Code of medical and sanitary regulations for the guidance of medical officers serving in the Madras Presidency - Volume II
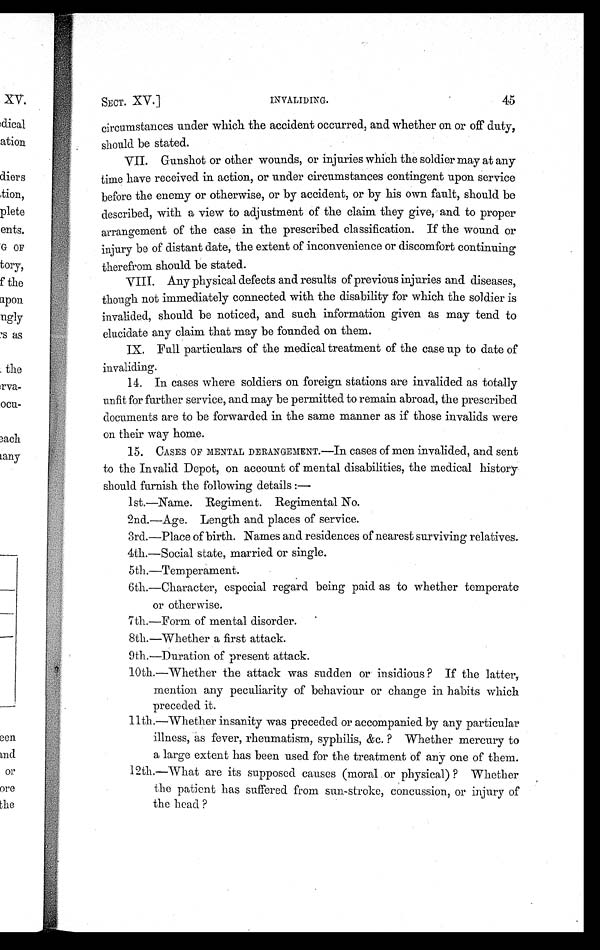
SECT. XV.]
INVALIDING.
45
circumstances under which the accident occurred, and whether on or off duty,
should be stated.
VII. Gunshot or other wounds, or injuries which the soldier may at any
time have received in action, or under circumstances contingent upon service
before the enemy or otherwise, or by accident, or by his own fault, should be
described, with a view to adjustment of the claim they give, and to proper
arrangement of the case in the prescribed classification. If the wound or
injury be of distant date, the extent of inconvenience or discomfort continuing
therefrom should be stated.
VIII. Any physical defects and results of previous injuries and diseases,
though not immediately connected with the disability for which the soldier is
i n v a l i d e d , s h o u l d b e n o t i c e d , a n d s u c h i n f o r m a t i o n g i v e n a s m a y t e n d t o
elucidate any claim that may be founded on them.
IX. Full particulars of the medical treatment of the case up to date of
invaliding .
14. In cases where soldiers on foreign stations are invalided as totally
unfit for further service, and may be permitted to remain abroad, the prescribed
documents are to be forwarded in the same manner as if those invalids were
on their way home.
15.
CASES OF MENTAL DERANGEMENT.—In cases of men invalided, and sent
to the Invalid Depot, on account of mental disabilities, the medical history
should furnish the following details :—
1st.—Name. Regiment. Regimental No.
2nd.—Age. Length and places of service.
3rd.—Place of birth. Names and residences of nearest surviving relatives.
4th.—Social state, married or single.
5 th.—Temperament
6th.—Character, especial regard being paid as to whether temperate
or otherwise.
7th.—Form of mental disorder.
8th.—Whether a first attack.
9th.—Duration of present attack.
10th.—Whether the attack was sudden or insidious? If the latter,
mention any peculiarity of behaviour or change in habits which
preceded it.
11th.—Whether insanity was preceded or accompanied by any particular
illness, as fever, rheumatism, syphilis, &c. ? Whether mercury to
a large extent has been used for the treatment of any one of them.
12th.—What are its supposed causes (moral or physical) ? Whether
the patient has suffered from sun-stroke, concussion, or injury of
the head ?